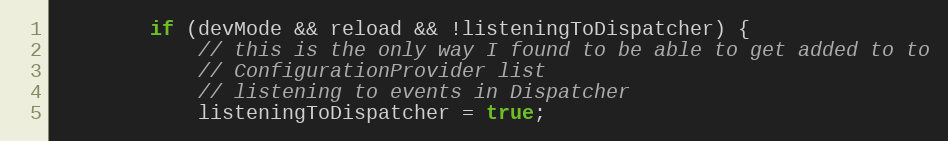
Language: Java
        if (devMode && reload && !listeningToDispatcher) {
            // this is the only way I found to be able to get added to to
            // ConfigurationProvider list
            // listening to events in Dispatcher
            listeningToDispatcher = true;